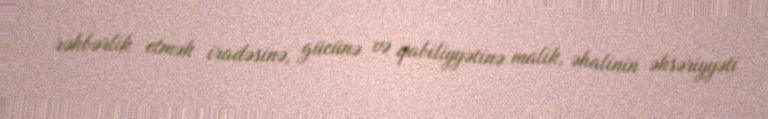
rəhbərlik etmək iradəsinə, gücünə və qabiliyyətinə malik, əhalinin əksəriyyəti